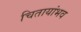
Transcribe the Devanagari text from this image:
चितायांभव